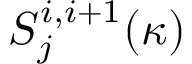
S _ { j } ^ { i , i + 1 } ( \kappa )